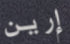
إرين